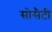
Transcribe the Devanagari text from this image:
सोसैटी